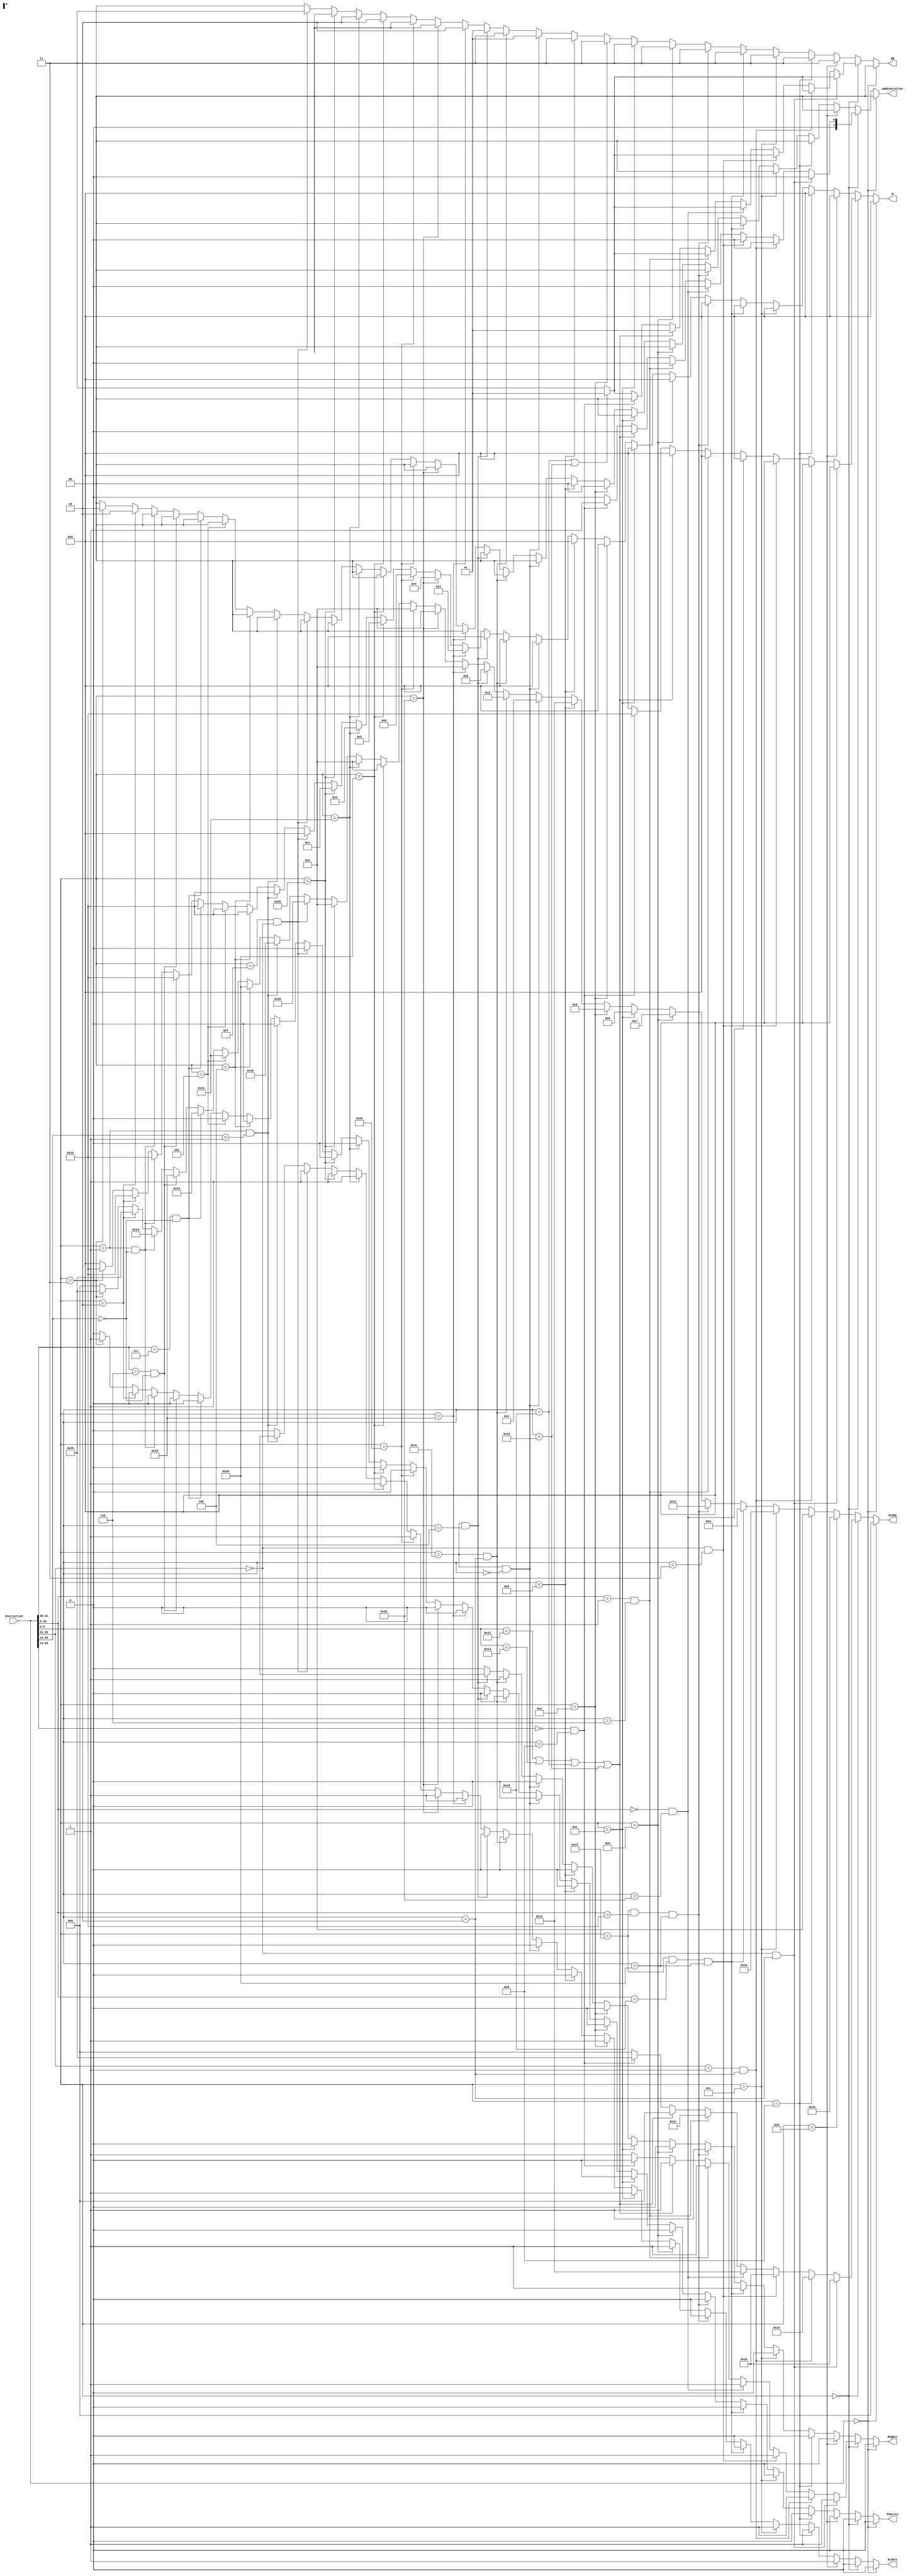
`timescale 1ns / 1ps
//////////////////////////////////////////////////////////////////////////////////
// Company: 
// Engineer: 
// 
// Design Name: 
// Module Name: Controler
// Project Name: 
// Target Devices: 
// Tool Versions: 
// Description: 
// 
// Dependencies: 
// 
// Revision:
// Revision 0.01 - File Created
// Additional Comments:
// 
//////////////////////////////////////////////////////////////////////////////////


module Controler(Instruction, WB, M, ALUOp, ALUSrc, RegDst, AddController, PCWrite);
  input [31:0] Instruction;

  output reg [5:0] ALUOp;
  output reg ALUSrc, RegDst, PCWrite;
  output reg [1:0] WB, AddController;
  output reg [4:0] M;
  // M = {Branch, MemWrite, MemRead};
  // WB = {RegWrite,MEMtoReg}
  //AddController is for jump addresses
  
  always @(*) begin
         ALUOp <= 5'b00000;
         ALUSrc <= 1'b0;
         RegDst <= 1'b0;
         WB <= 2'b00;
         M <= 5'b00000;
         AddController <= 0;
         PCWrite <= 0;
   if(Instruction == 0) begin
        ALUOp <= 5'b00000;
          ALUSrc <= 1'b0;
          RegDst <= 1'b0;
          WB <= 2'b00;
          M <= 5'b00000;
   end
   else if(Instruction[31:26] == 6'b000000) begin
   if(Instruction[5:0] == 6'b011000 || Instruction[5:0] == 6'b011001) begin //MULT, MULTU
    WB <= 2'b01;
    ALUOp <= 0;
    ALUSrc <= 0;
    RegDst <= 1;
    M <= 5'b00000;
   end
   else begin
    ALUOp <= 0;
    ALUSrc <= 0;
    RegDst <= 1;
    WB <= 2'b11;
    M <= 5'b00000;
   end
    if(Instruction[25:21] ==5'b00000 && Instruction[5:0] == 6'b000010) begin //SRL
     ALUOp <= 24;
    end
    else if(Instruction[25:21] ==5'b00001 && Instruction[5:0] == 6'b000010 ) begin //ROTR
      ALUOp <= 25;
    end
    else if(Instruction[25:21] ==5'b00000 && Instruction[5:0] == 6'b000011) begin //SRA
     ALUOp <= 24;
    end
    else if(Instruction[10:6] ==5'b00000 && Instruction[5:0] == 6'b101011) begin //SLTU
      ALUOp <= 18;
     end
     else if(Instruction[10:6] ==5'b00001 && Instruction[5:0] == 6'b000110) begin //SRLV
      ALUOp <= 30;
     end
     else if (Instruction[5:0] == 6'b010001 || Instruction[5:0] == 6'b010011 || Instruction[5:0] == 6'b011000 || Instruction[5:0] == 6'b011001) begin //MTHI, MTLO, MULT, MULTU
     WB <= 2'b01;
     end
     else if(Instruction[20:11] == 0 && Instruction[5:0] == 6'b001000) begin // JR
        AddController <= 1;
        ALUOp <= 37;
        ALUSrc <= 1'b0;
        RegDst <= 1'b0;
        WB <= 2'b00;
        M <= 5'b10000;
     end
  end
   else if(Instruction[31:26] == 6'b001001) begin //ADDIU
     ALUOp <= 26;
     ALUSrc <= 1;
     RegDst <= 0;
     WB <= 2'b11;
     M <= 5'b00000;
   end
   else if(Instruction[31:26] == 6'b001000) begin //ADDI
        ALUSrc <= 1;
        ALUOp <= 1;
        RegDst <= 0;
        WB <= 2'b11;
        M <= 3'b000;
    end
    else if(Instruction[31:26] == 6'b001100) begin //ANDI
        ALUSrc <= 1;
        ALUOp <= 29;
        RegDst <= 0;
        WB <= 2'b11;
        M <= 5'b00000;
    end
    else if(Instruction[31:26] == 6'b011111 && Instruction[10:6] == 5'b11000 && Instruction[5:0] == 6'b100000) begin //SEH
            ALUOp <= 10;
            ALUSrc <= 0;
            RegDst <= 1;
            WB <= 2'b11;
            M <= 5'b00000;
        end
    else if (Instruction[31:26] == 6'b011111 && Instruction[10:6] == 5'b10000 && Instruction[5:0] == 6'b100000) begin //SEB
        ALUOp <= 17;
        ALUSrc <= 0;
        RegDst <= 1;
        WB <= 2'b11;
        M <= 5'b00000;
    end
    else if(Instruction[31:26] == 6'b001101) begin //ORI
        ALUSrc <= 1;
        ALUOp <= 7;
        RegDst <= 0;
        WB <= 2'b11;
        M <= 5'b00000;
    end
    else if(Instruction[31:26] == 6'b001110) begin //XORI
        ALUSrc <= 1;
        ALUOp <= 9;
        RegDst <= 0;
        WB <= 2'b11;
        M <= 5'b00000;
    end
    else if(Instruction[31:26] == 6'b001010) begin //SLTI
        ALUSrc <= 1;
        ALUOp <= 13;
        RegDst <= 0;
        WB <= 2'b11;
        M <= 5'b00000;
    end
    else if(Instruction[31:26] == 6'b001011) begin //SLTIU
        ALUSrc <= 0;
        ALUOp <= 18;
        RegDst <= 0;
        WB <= 2'b11;
        M <= 5'b00000;
    end
    
    //check rest with TA
    else if(Instruction[31:26] == 6'b011100 && Instruction[5:0] == 6'b000000) begin //MADD
      ALUOp <= 4;
      ALUSrc <= 0;
      RegDst <= 1'b0;
      WB <= 2'b01;
      M <= 5'b00000;
    end
    else if(Instruction[31:26] == 6'b011100 && Instruction[5:0] == 6'b000010) begin //MUL
      ALUOp <= 3;
      ALUSrc <= 0;
      RegDst <= 1;
      WB <= 2'b11;
      M <= 5'b00000;
    end
    else if(Instruction[31:26] == 6'b011100 && Instruction[5:0] == 6'b000100) begin //MSUB
          ALUOp <= 5;
          ALUSrc <= 0;
          RegDst <= 1'bx;
          WB <= 2'b01;
          M <= 5'b00000;
        end
    else if(Instruction[31:26] == 6'b100011) begin //LW
           ALUOp <= 1;
           ALUSrc <= 1'b1;
           RegDst <= 1'b0;
           WB <= 2'b10;
           M <= 5'b00001;
    end
    else if(Instruction[31:26] == 6'b101011) begin //SW
       ALUOp <= 1;
       ALUSrc <= 1'b1;
       RegDst <= 1'b0;
       WB <= 2'b0x;
       M <= 5'b00100;
    end
    else if(Instruction[31:26] == 6'b101000) begin //SB How to store just a byte though?
        ALUOp <= 1;
        ALUSrc <= 1'b1;
        RegDst <= 1'b0;
        WB <= 2'b0x;
        M <= 5'b01000;
    end
    else if(Instruction[31:26] == 6'b100000) begin //LB
        ALUOp <= 1;
        ALUSrc <= 1'b1;
        RegDst <= 1'b0;
        WB <= 2'b10;
        M <= 5'b00010;
    end
    else if(Instruction[31:26] == 6'b100001) begin //LH
       ALUOp <= 1;
       ALUSrc <= 1'b1;
       RegDst <= 1'b0;
       WB <= 2'b10;
       M <= 5'b00011;
    end
    else if(Instruction[31:26] == 6'b101001) begin //SH
        ALUOp <= 1;
        ALUSrc <= 1'b1;
        RegDst <= 1'b0;
        WB <= 2'b0x;
        M <= 5'b01100;
    end
    else if(Instruction[31:26] == 6'b001111 && Instruction[25:21] == 0) begin //Lui
        ALUOp <= 16;
        ALUSrc <= 1'b1;
        RegDst <= 1'b0;
        WB <= 2'b11;
        M <= 5'b00000;
    end
    else if(Instruction[31:26] == 6'b000001 && Instruction[20:16] == 5'b00001) begin //BGEZ        
        ALUOp <= 27;
        ALUSrc <= 1'bx;
        RegDst <= 1'b0;
        WB <= 2'b00;
        M <= 5'b10000;
    end
    else if(Instruction[31:26] == 6'b000100) begin //BEQ
        ALUOp <= 32;
        ALUSrc <= 1'b0;
        RegDst <= 1'b0;
        WB <= 2'b00;
        M <= 5'b10000;  
    end
    else if(Instruction[31:26] == 6'b000101) begin //BNE
        ALUOp <= 33;
        ALUSrc <= 1'b0;
        RegDst <= 1'b0;
        WB <= 2'b00;
        M <= 5'b10000;   
    end
    else if(Instruction[31:26] == 6'b000111 && Instruction[20:16] == 0) begin //BGTZ
        ALUOp <= 34;
        ALUSrc <= 1'b0;
        RegDst <= 1'b0;
        WB <= 2'b00;
        M <= 5'b10000;
    end
    else if(Instruction[31:26] == 6'b000110 && Instruction[20:16] == 0) begin //BLEZ
        ALUOp <= 35;
        ALUSrc <= 1'b0;
        RegDst <= 1'b0;
        WB <= 2'b00;
        M <= 5'b10000; 
    end
    else if(Instruction[31:26] == 6'b000001 && Instruction[20:16] == 0) begin //BLTZ
        ALUOp <= 36;
        ALUSrc <= 1'b0;
        RegDst <= 1'b0;
        WB <= 2'b00;
        M <= 5'b10000; 
    end
    else if(Instruction[31:26] == 6'b000010) begin //J
        ALUOp <= 37;
        ALUSrc <= 1'b0;
        RegDst <= 1'b0;
        WB <= 2'b00;
        M <= 5'b10000;
        AddController <= 2;
    end
    else if(Instruction[31:26] == 6'b000011) begin //JAL
        PCWrite <= 1;
        ALUOp <= 37;
        ALUSrc <= 1'b0;
        RegDst <= 1'b0;
        WB <= 2'b00;
        M <= 5'b10000;
        AddController <= 2;

    end

  end
  
  
endmodule